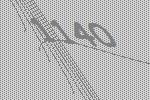
1140